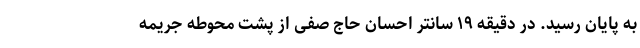
به پایان رسید. در دقیقه ۱۹ سانتر احسان حاج صفی از پشت محوطه جریمه